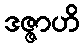
ဒဇ္ဇာဟိ